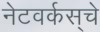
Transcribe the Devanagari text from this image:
नेटवर्कस्‌चे